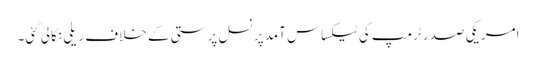
امریکی صدر ٹرمپ کی ٹیکساس آمد پر نسل پرستی کے خلاف ریلی نکالی گئی۔